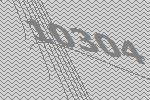
10304